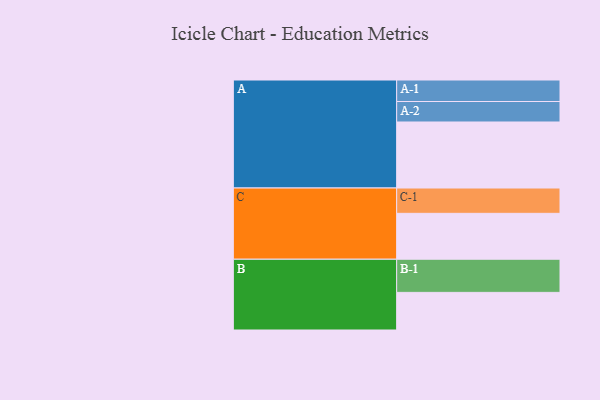
{"axis": {"x": "Segment", "y": "Value"}, "legend": ["", "A", "B", "C"], "data": [{"x": "A", "y": 574, "type": ""}, {"x": "B", "y": 327, "type": ""}, {"x": "C", "y": 399, "type": ""}, {"x": "A-1", "y": 187, "type": "A"}, {"x": "A-2", "y": 178, "type": "A"}, {"x": "B-1", "y": 288, "type": "B"}, {"x": "C-1", "y": 220, "type": "C"}]}